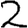
Digit: 2